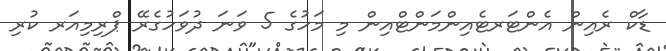
ޑާކް ރެއިން އެންޓަރޓެއިންމަންޓްއިން މި މަހުގެ 5 ވަނަ ދުވަހުގެރޭ ޕްރިމިއަރ ކުރި